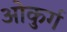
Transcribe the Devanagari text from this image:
ओकुर्ग